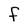
Character: F